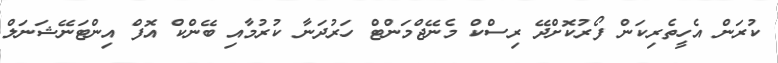
ކުރަން އެހީތެރިކަން ފޯރުކޮށްދޭ ރިސްކް މެނޭޖްމަންޓް ހަރުދަނާ ކުރުމާއި ބޭންކް އޮފް އިންޓަނޭޝަނަލް